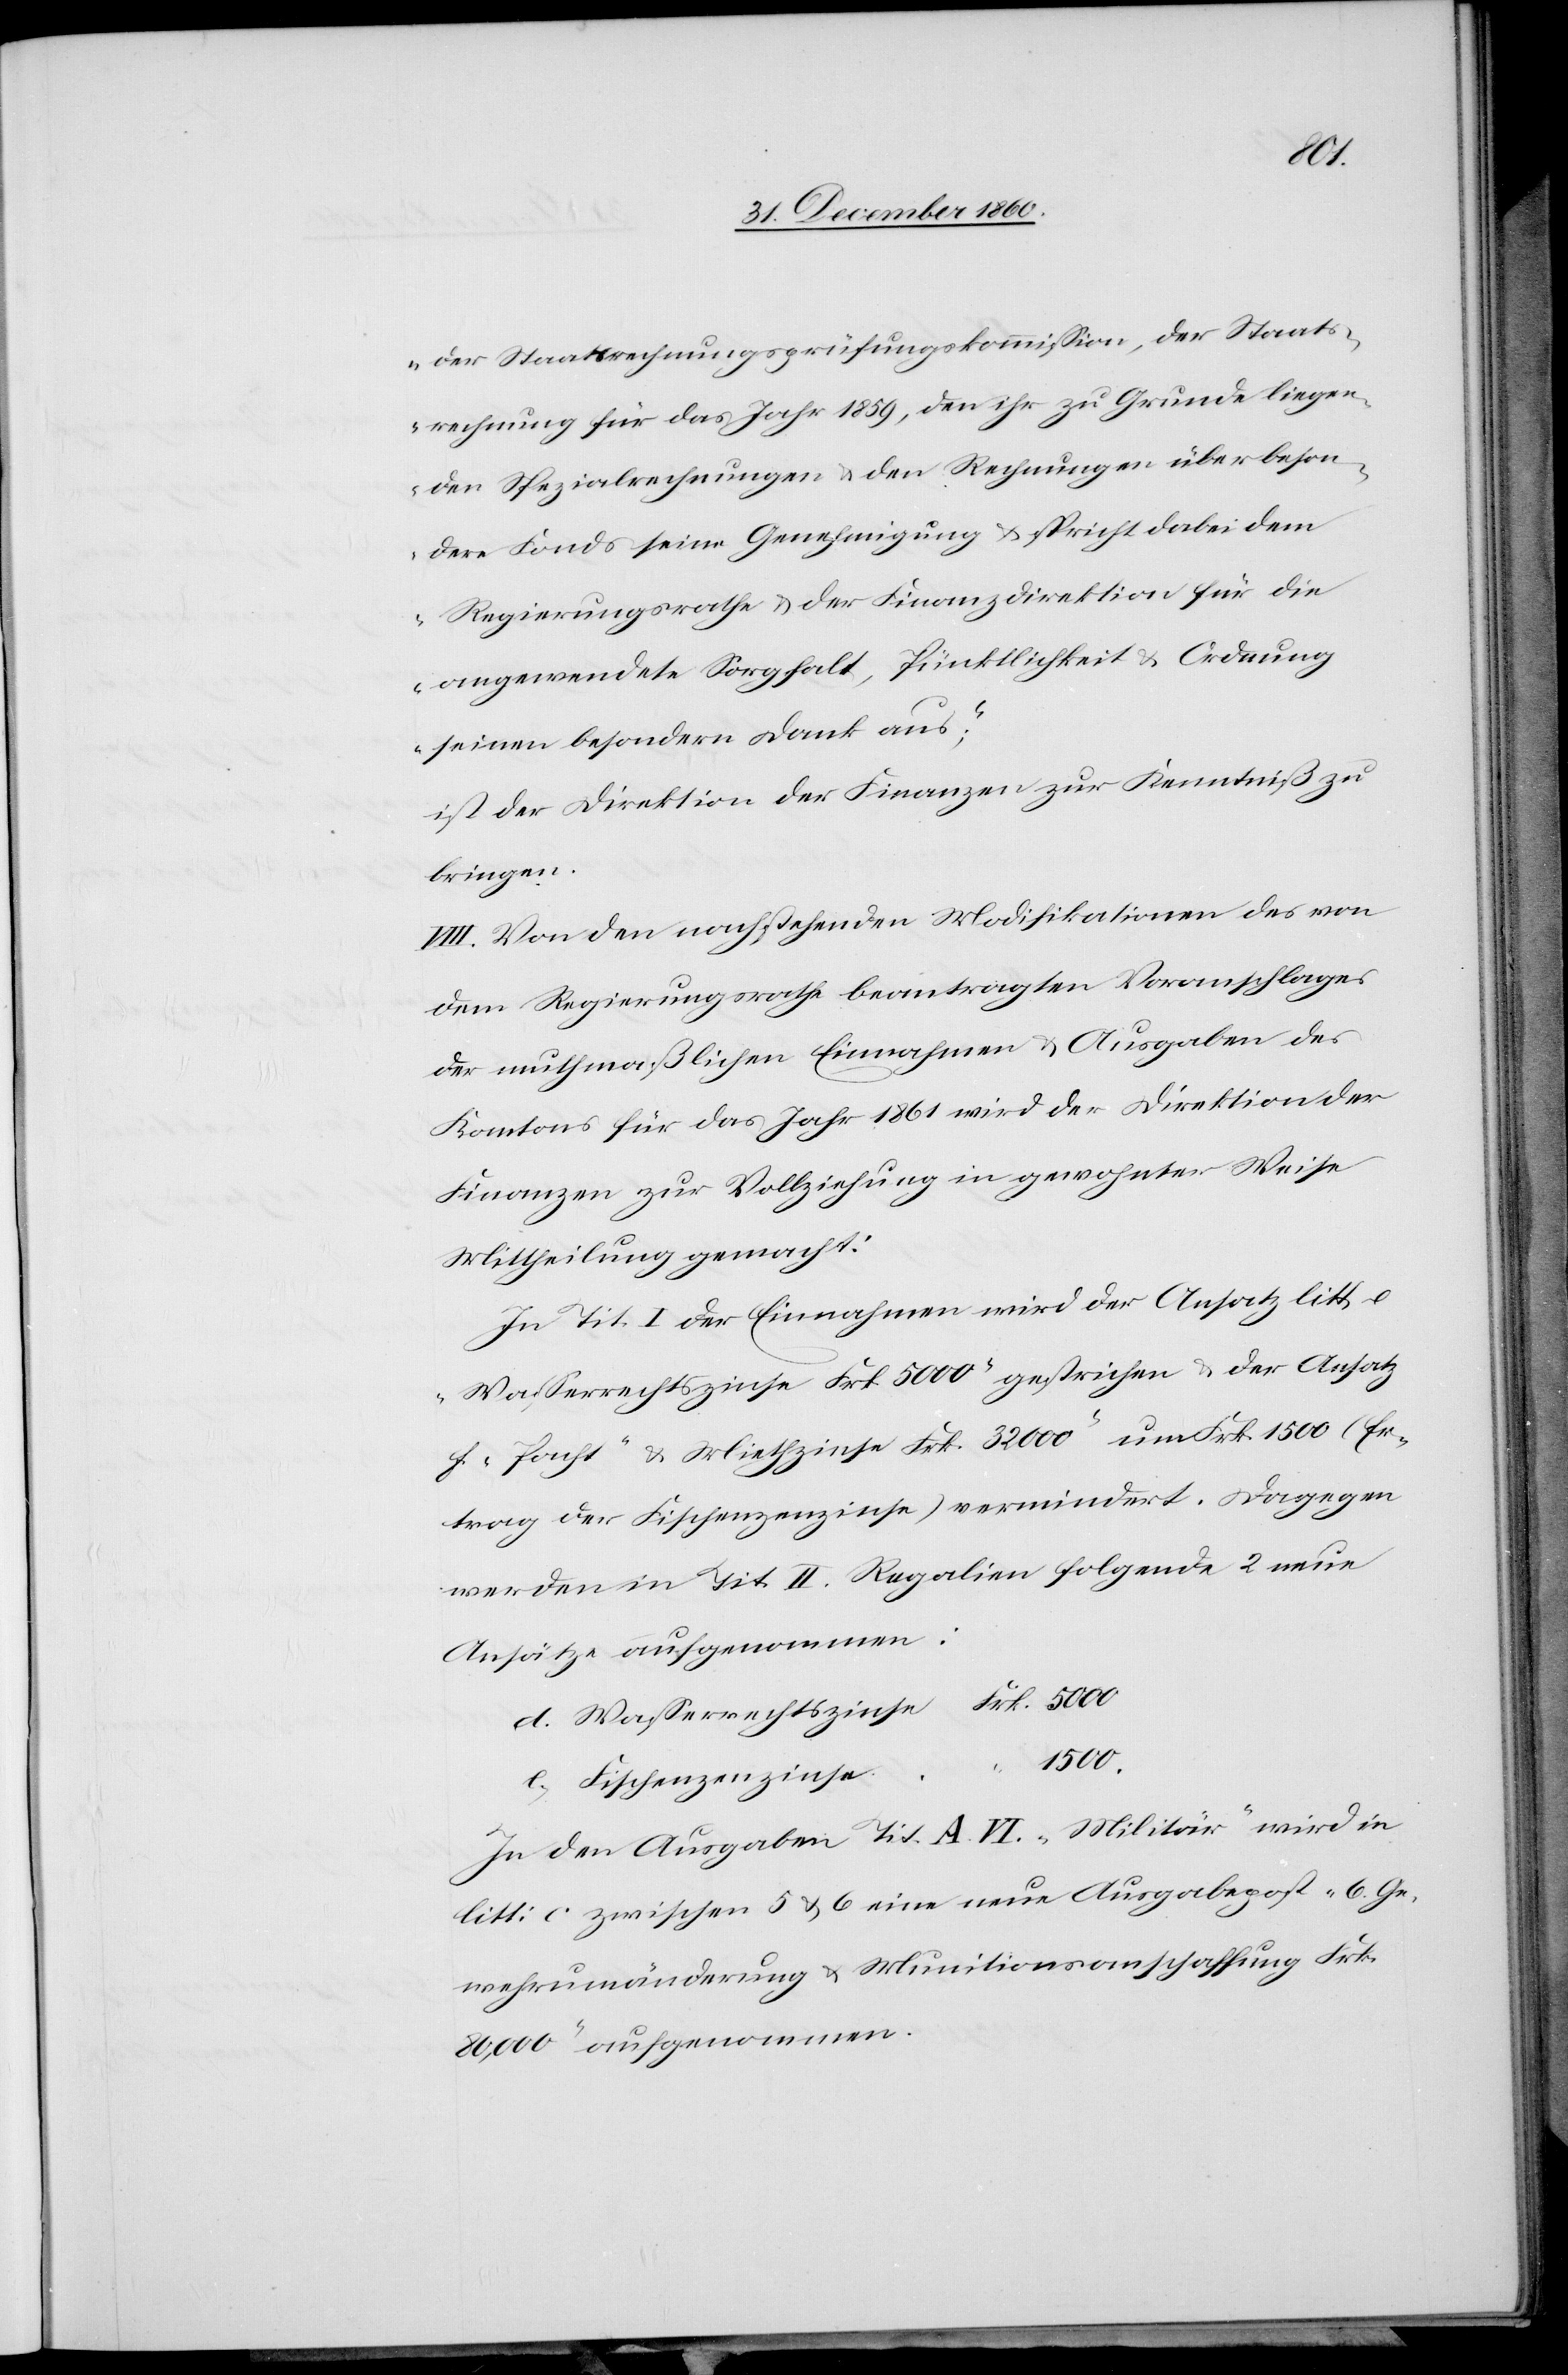
1500.
der Staatsrechnungsprüfungskommission, der Staats¬
rechnung für das Jahr 1859, den ihr zu Grunde liegen¬
den Spezialrechnungen u. den Rechnungen über beson¬
dere Fonds seine Genehmigung u. spricht dabei dem
Regierungsrathe u. der Finanzdirektion für die
angewendete Sorgfalt, Pünktlichkeit u. Ordnung
seinen besondern Dank aus,“
ist der Direktion der Finanzen zur Kenntniß zu
bringen.
VIII. Von den nachstehenden Modifikationen des von
dem Regierungsrathe beantragten Voranschlages
der muthmaßlichen Einnahmen u. Ausgaben des
Kantons für das Jahr 1861 wird der Direktion der
Finanzen zur Vollziehung in gewohnter Weise
Mittheilung gemacht:
In Tit. I der Einnahmen wird der Ansatz litt. e
„Wasserrechtszinse Frk. 5000“ gestrichen u. der Ansatz
f „Pacht- u. Miethzinse Frk. 32 000“ um Frk. 1500 (Er¬
trag der Fischenzenzinse) vermindert. Dagegen
werden in Tit. II Regalien folgende 2 neue
Ansätze aufgenommen:
In den Ausgaben Tit. A VI. „Militär“ wird in
Litt: c zwischen 5 u. 6 eine neue Ausgabepost „6. Ge¬
wehrumänderung u. Munitionsanschaffung Frk.
80,000“ aufgenommen.